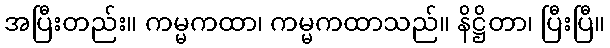
အပြီးတည်း။ ကမ္မကထာ၊ ကမ္မကထာသည်။ နိဋ္ဌိတာ၊ ပြီးပြီ။